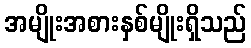
အမျိုးအစားနှစ်မျိုးရှိသည်